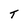
Character: T